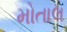
મોતાલ